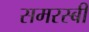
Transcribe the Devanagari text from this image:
समरस्बी